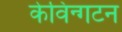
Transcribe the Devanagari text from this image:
केविन्गटन